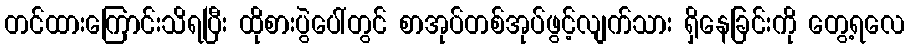
တင်ထားကြောင်းသိရပြီး ထိုစားပွဲပေါ်တွင် စာအုပ်တစ်အုပ်ဖွင့်လျက်သား ရှိနေခြင်းကို တွေ့ရလေ